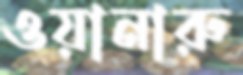
ওয়ানারু